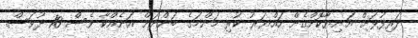
ދަރިފުޅަށް އަނިޔާކޮށްގެން ހައްޔަރު ކުރި މަންމަގެ ބަންދަށް އަނެއްކާ ވެސް 10 ދުވަސް